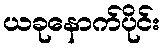
ယခုနောက်ပိုင်း